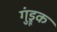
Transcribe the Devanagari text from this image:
गुंड्रूक